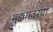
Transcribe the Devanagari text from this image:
मुद्द्यावरचा